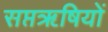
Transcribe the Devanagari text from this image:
सप्तॠषियों